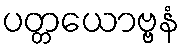
ပတ္တယောဗ္ဗနံ